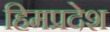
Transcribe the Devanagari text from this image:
हिमप्रदेश